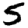
Digit: 5